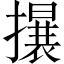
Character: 𱠻